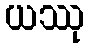
ယဿု